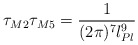
\begin{align*}\tau_{M2}\tau_{M5}=\frac{1}{(2\pi)^7l_{Pl}^9}\end{align*}